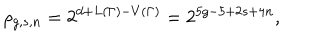
LaTeX: \rho _ { g , s , n } = 2 ^ { d + L ( \Gamma ) - V ( \Gamma ) } = 2 ^ { 5 g - 5 + 2 s + 4 n } ,